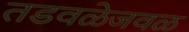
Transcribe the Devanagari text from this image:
तडवळेजवळ